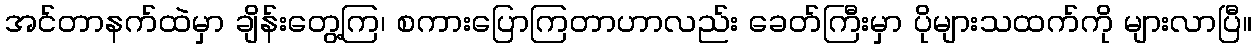
အင်တာနက်ထဲမှာ ချိန်းတွေ့ကြ၊ စကားပြောကြတာဟာလည်း ခေတ်ကြီးမှာ ပိုများသထက်ကို များလာပြီ။